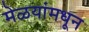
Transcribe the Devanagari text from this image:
मेळयांमधून